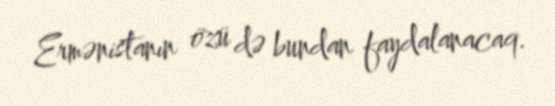
Ermənistanın özü də bundan faydalanacaq.